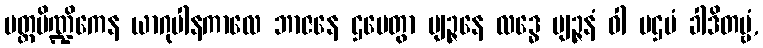
ပတ္တပိဏ္ဍိကေန ယာဂုပါနကာလေ ဘာဇနေ ဌပေတွာ ဗျဉ္ဇနေ လဒ္ဓေ ဗျဉ္ဇနံ ဝါ ပဌမံ ခါဒိတဗ္ဗံ,